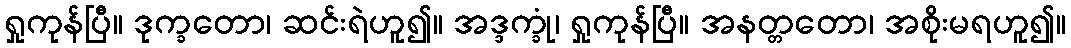
ရှုကုန်ပြီ။ ဒုက္ခတော၊ ဆင်းရဲဟူ၍။ အဒ္ဒက္ခုံ၊ ရှုကုန်ပြီ။ အနတ္တတော၊ အစိုးမရဟူ၍။